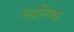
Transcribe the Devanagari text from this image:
स्थनिक